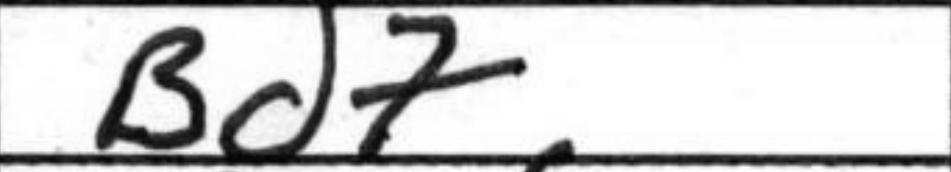
Transcription: Bd7